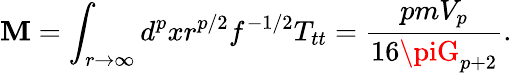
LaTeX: \mathbf{M}=\int_{r\rightarrow\infty}d^{p}xr^{p/2}f^{-1/2}T_{tt}=\frac{{pmV_{p}}}{{16\piG_{p+2}}}.